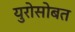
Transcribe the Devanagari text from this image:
युरोसोबत